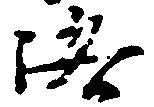
洛